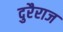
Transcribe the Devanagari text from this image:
दुरैराज